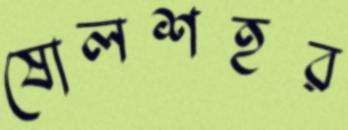
ষোলশহর